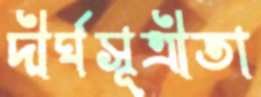
দীর্ঘসূত্রীতা